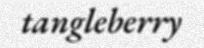
tangleberry